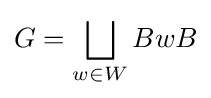
G=\bigsqcup _{w\in W}BwB